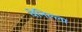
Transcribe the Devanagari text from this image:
वेनिल्ला